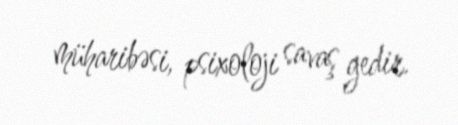
müharibəsi, psixoloji savaş gedir.